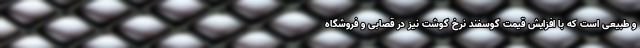
و طبیعی است که با افزایش قیمت گوسفند نرخ گوشت نیز در قصابی و فروشگاه